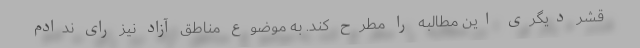
قشر دیگری این مطالبه را مطرح کند. به موضوع مناطق آزاد نیز رای ندادم